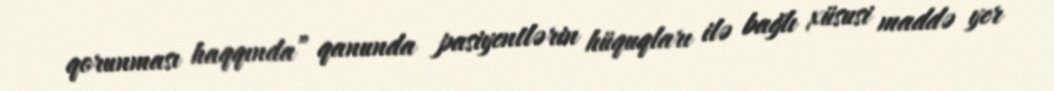
qorunması haqqında” qanunda pasiyentlərin hüquqları ilə bağlı xüsusi maddə yer